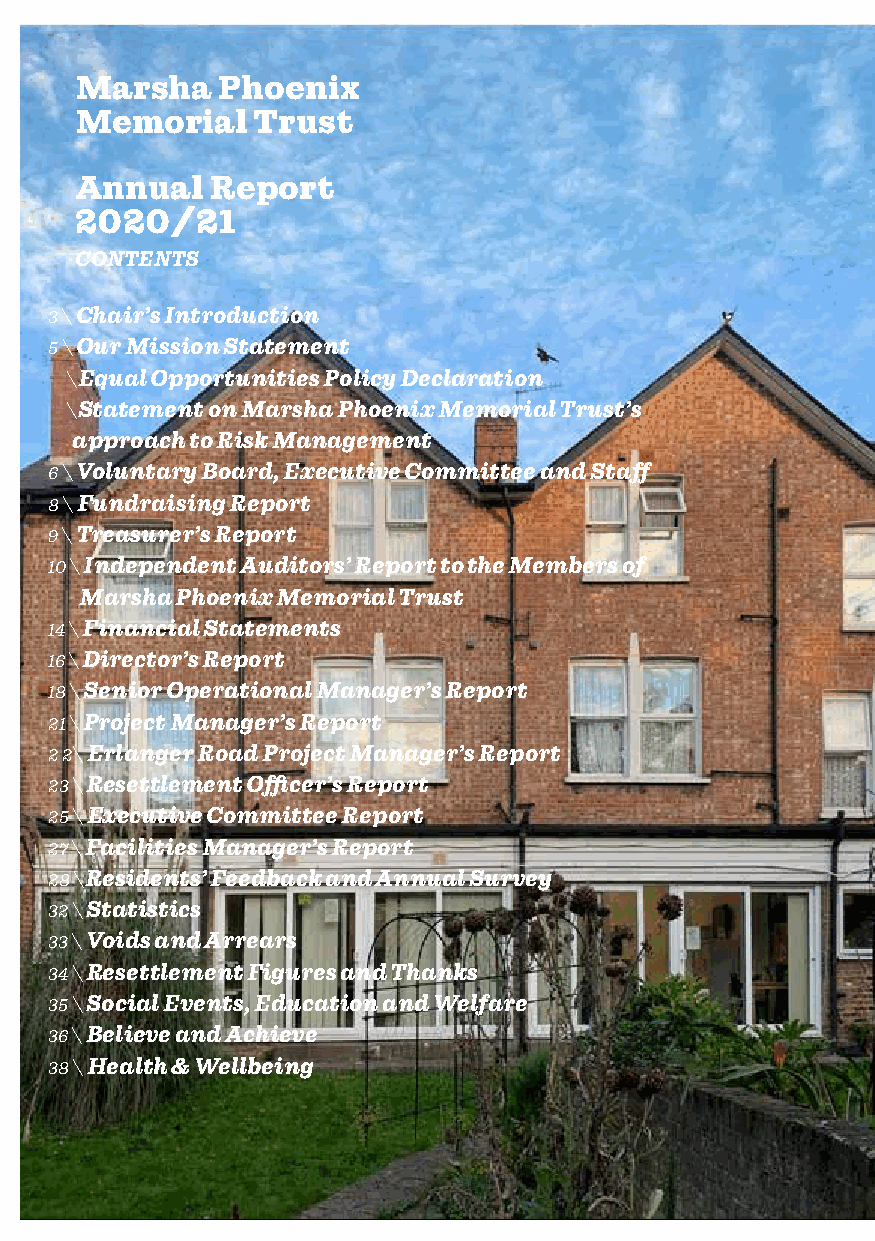
Marsha   Phoenix
 Memorial    Trust
 Annual   Report
 2020/21
 CONTENTS
 3 \ Chair’s Introduction
 5 \ Our Mission Statement
 \Equal Opportunities Policy Declaration
 \Statement on Marsha Phoenix Memorial Trust’s
 approach to Risk Management
 6 \ Voluntary Board, Executive Committee and Staff
 8 \ Fundraising Report
 9 \ Treasurer’s Report
 10 \ Independent Auditors’ Report to the Members of
 Marsha Phoenix Memorial Trust
 14 \ Financial Statements
 16 \ Director’s Report
 18 \ Senior Operational Manager’s Report
 21 \ Project Manager’s Report
 2 2\ Erlanger Road Project Manager’s Report
 23 \ Resettlement Officer’s Report
 25 \ Executive Committee Report
 27 \ Facilities Manager’s Report
 28 \Residents’ Feedback and Annual Survey
 32 \ Statistics
 33 \ Voids and Arrears
 34 \ Resettlement Figures and Thanks
 35 \ Social Events, Education and Welfare
 36 \ Believe and Achieve
 38 \ Health & Wellbeing
 2